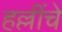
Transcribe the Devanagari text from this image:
हल्लींचे